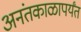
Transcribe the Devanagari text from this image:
अनंतकाळापर्यंत